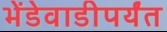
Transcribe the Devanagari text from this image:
भेंडेवाडीपर्यंत